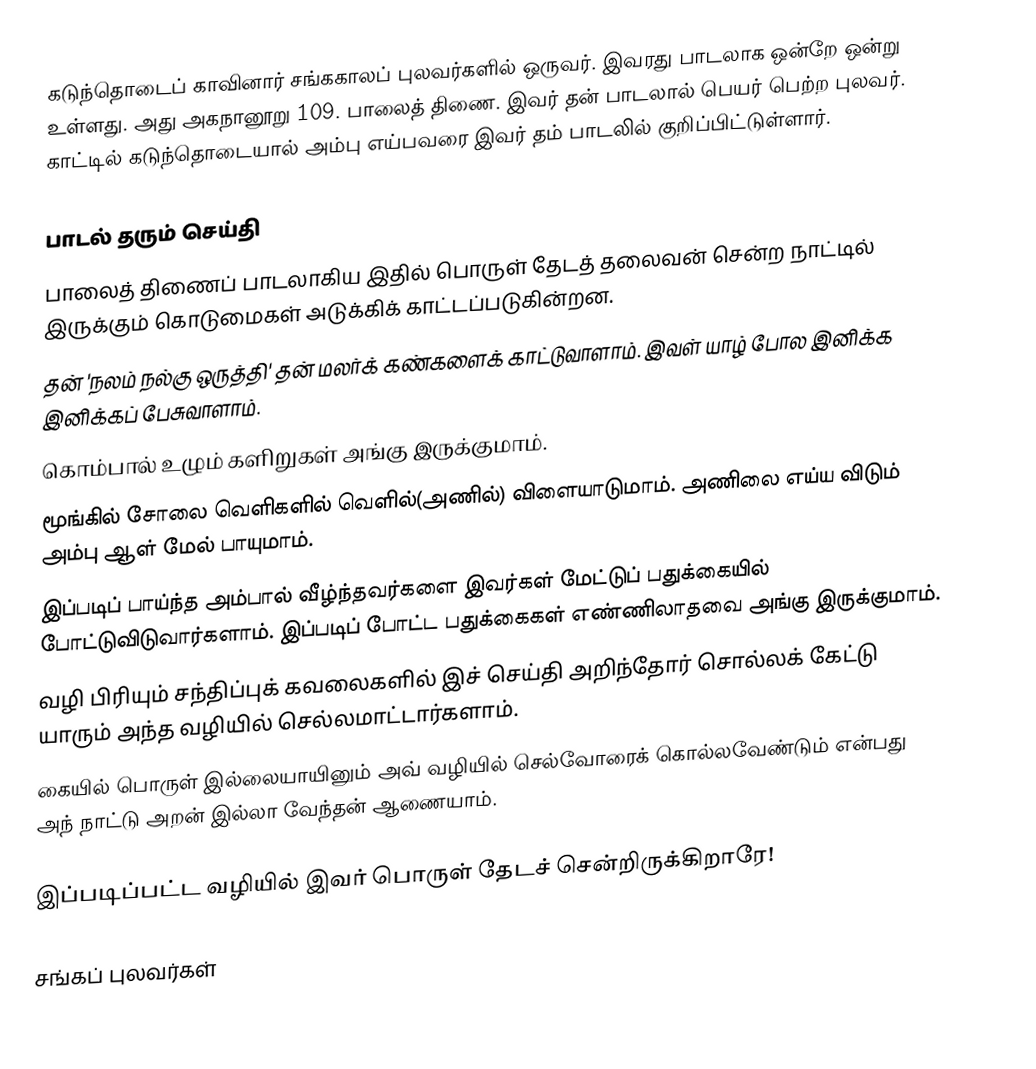
கடுந்தொடைப் காவினார் சங்ககாலப் புலவர்களில் ஒருவர். இவரது பாடலாக ஒன்றே ஒன்று உள்ளது. அது அகநானூறு 109. பாலைத் திணை. இவர் தன் பாடலால் பெயர் பெற்ற புலவர். காட்டில் கடுந்தொடையால் அம்பு எய்பவரை இவர் தம் பாடலில் குறிப்பிட்டுள்ளார்.

பாடல் தரும் செய்தி
பாலைத் திணைப் பாடலாகிய இதில் பொருள் தேடத் தலைவன் சென்ற நாட்டில் இருக்கும் கொடுமைகள் அடுக்கிக் காட்டப்படுகின்றன.
 தன் 'நலம் நல்கு ஒருத்தி' தன் மலர்க் கண்களைக் காட்டுவாளாம். இவள் யாழ் போல இனிக்க இனிக்கப் பேசுவாளாம்.
 கொம்பால் உழும் களிறுகள் அங்கு இருக்குமாம்.
 மூங்கில் சோலை வெளிகளில் வெளில்(அணில்) விளையாடுமாம். அணிலை எய்ய விடும் அம்பு ஆள் மேல் பாயுமாம்.
 இப்படிப் பாய்ந்த அம்பால் வீழ்ந்தவர்களை இவர்கள் மேட்டுப் பதுக்கையில் போட்டுவிடுவார்களாம். இப்படிப் போட்ட பதுக்கைகள்  எண்ணிலாதவை அங்கு இருக்குமாம்.
 வழி பிரியும் சந்திப்புக் கவலைகளில் இச் செய்தி அறிந்தோர் சொல்லக் கேட்டு யாரும் அந்த வழியில் செல்லமாட்டார்களாம்.
 கையில் பொருள் இல்லையாயினும் அவ் வழியில் செல்வோரைக் கொல்லவேண்டும் என்பது அந் நாட்டு அறன் இல்லா வேந்தன் ஆணையாம்.

இப்படிப்பட்ட வழியில் இவர் பொருள் தேடச் சென்றிருக்கிறாரே!

சங்கப் புலவர்கள்